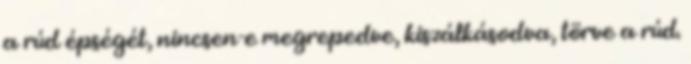
a rúd épségét, nincsen-e megrepedve, kiszálkásodva, törve a rúd.